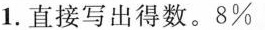
1.直接写出得数。8%